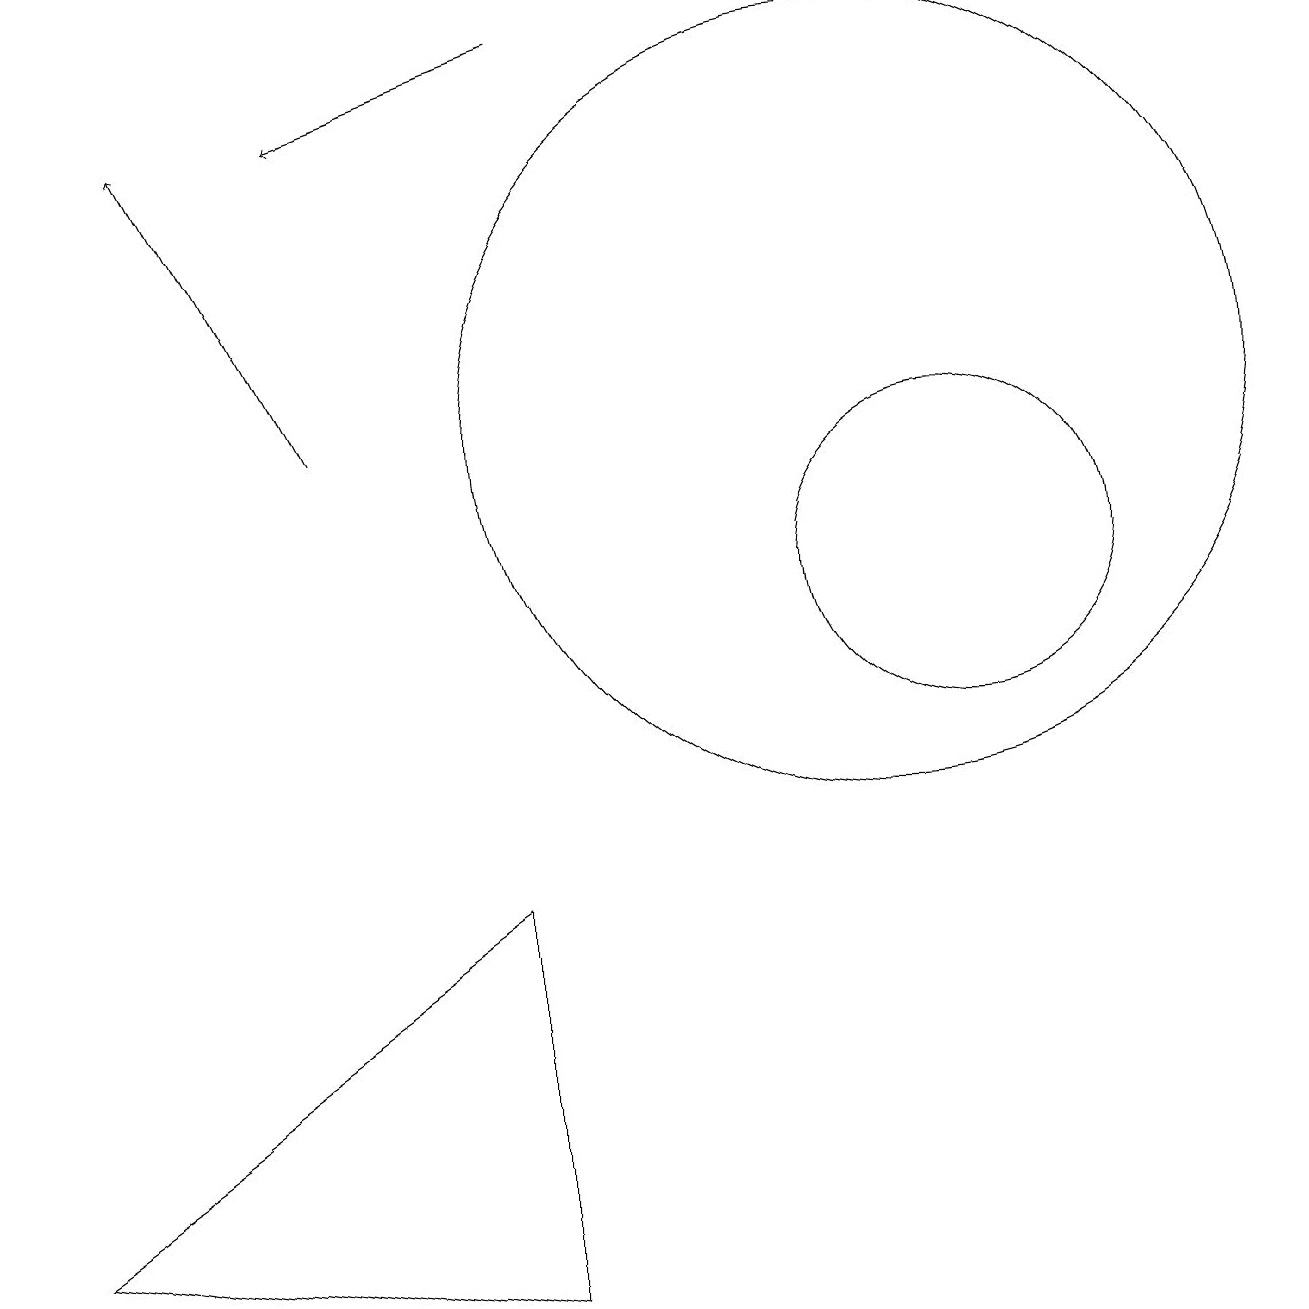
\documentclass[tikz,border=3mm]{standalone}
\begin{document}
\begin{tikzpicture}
\draw[->] (7,17) -- (4,16);
\draw (6,1) -- (0,2) -- (6,6) -- cycle;
\draw (12,10) circle (2);
\draw (11,12) circle (5);
\draw[->] (4,12) -- (2,16);
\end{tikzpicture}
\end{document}